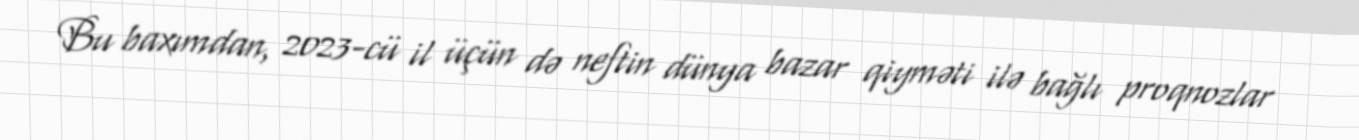
Bu baxımdan, 2023-cü il üçün də neftin dünya bazar qiyməti ilə bağlı proqnozlar